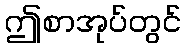
ဤစာအုပ်တွင်